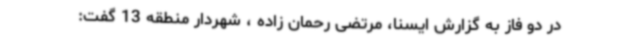
در دو فاز به گزارش ایسنا، مرتضی رحمان زاده ، شهردار منطقه 13 گفت: